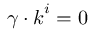
\boldsymbol { \gamma } \cdot \boldsymbol { k } ^ { i } = 0